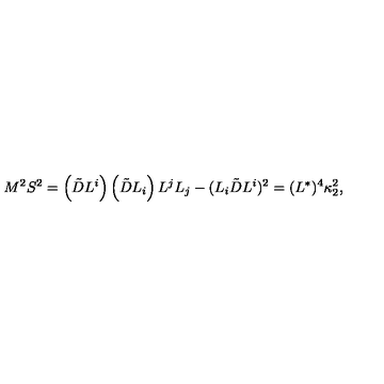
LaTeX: M ^ { 2 } S ^ { 2 } = \left( \tilde { D } L ^ { i } \right) \left( \tilde { D } L _ { i } \right) L ^ { j } L _ { j } - ( L _ { i } \tilde { D } L ^ { i } ) ^ { 2 } = ( L ^ { * } ) ^ { 4 } \kappa _ { 2 } ^ { 2 } ,